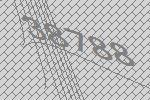
38788